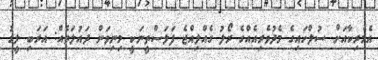
އެމެރިކާއަށް ސުލްހައިގެ މެދުވެރިއެއްގެ ރޯލު ގެއްލިއްޖެ ފަލަސްތީނަކީ މިނިވަން ދައުލަތެއް: އަރަބި ލީގު